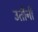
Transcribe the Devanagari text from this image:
उतींनी